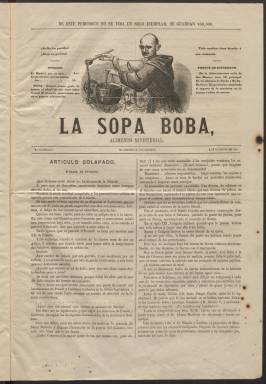
Título: La Sopa boba
Colección: Periódicos || Revistas satíricas y humorísticas
Ámbito geográfico: Madrid
Lugar de publicación: Madrid
Fechas: 02/12/1865-20/01/1866